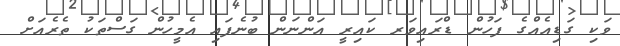
ވަކި ގަޑިއެއްގެ ފަހުން ޑްރައިވަރ ކައިރީ އަންނަން ބުނެފައި އެމީހުން ގަސްތަކު ތެރެއަށް